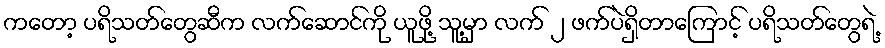
ကတော့ ပရိသတ်တွေဆီက လက်ဆောင်ကို ယူဖို့ သူ့မှာ လက် ၂ ဖက်ပဲရှိတာကြောင့် ပရိသတ်တွေရဲ့